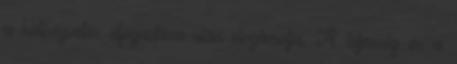
a költségvetés elfogadása után elszámolja. A teljesség és a